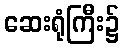
ဆေးရုံကြီး၌